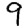
Digit: 9